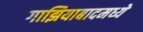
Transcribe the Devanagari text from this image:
गाझियाबादमध्ये